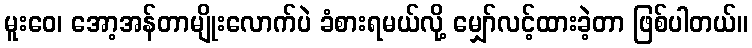
မူးဝေ၊ အော့အန်တာမျိုးလောက်ပဲ ခံစားရမယ်လို့ မျှော်လင့်ထားခဲ့တာ ဖြစ်ပါတယ်။